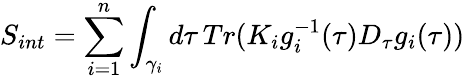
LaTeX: S_{int}=\sum_{i=1}^{n}\int_{\gamma_{i}}d\tau\, Tr(K_{i}g_{i}^{-1}(\tau)D_{\tau}g_{i}(\tau))